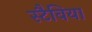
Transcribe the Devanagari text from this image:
स्टैविया